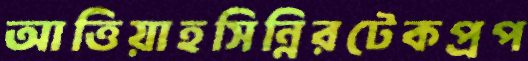
আত্তিয়াহসিন্নিরটেকপ্রপ